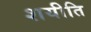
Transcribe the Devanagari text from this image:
शयीति